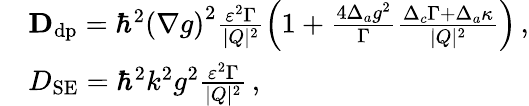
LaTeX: \begin{array}{rl}&{{\mathbf D}_{\mathrm{dp}}=\hbar^{2}\left(\nabla g\right)^{2}\frac{\varepsilon^{2}\Gamma}{|Q|^{2}}\left(1+\frac{4\Delta_{a}g^{2}}{\Gamma}\frac{\Delta_{c}\Gamma+\Delta_{a}\kappa}{|Q|^{2}}\right)\, ,}\\ &{D_{\mathrm{SE}}=\hbar^{2}k^{2}g^{2}\frac{\varepsilon^{2}\Gamma}{|Q|^{2}}\, ,}\end{array}